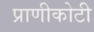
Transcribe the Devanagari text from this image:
प्राणीकोटी